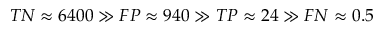
T N \approx { } 6 4 0 0 \gg { } F P \approx { } 9 4 0 \gg { } T P \approx { } 2 4 \gg { } F N \approx { } 0 . 5